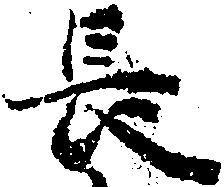
長